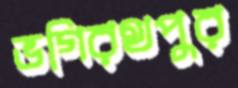
ভগিরথপুর